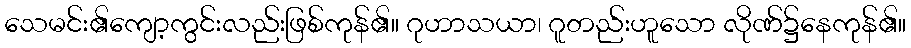
သေမင်း၏ကျော့ကွင်းလည်းဖြစ်ကုန်၏။ ဂုဟာသယာ၊ ဂူတည်းဟူသော လိုဏ်၌နေကုန်၏။